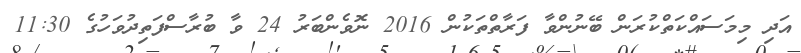
އަދި މިމަސައްކަތްކުރަން ބޭނުންވާ ފަރާތްތަކުން 2016 ނޮވެންބަރު 24 ވާ ބުރާސްފަތިދުވަހުގެ 11:30